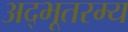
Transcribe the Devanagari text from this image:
अद्भूतरम्य